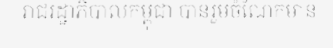
រាជរដ្ឋាភិបាលកម្ពុជា បានរួមចំណែកមាន